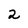
Character: 2